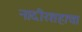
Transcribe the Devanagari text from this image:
नादीरशहाचा